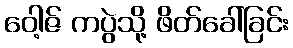
ဝေါ့ဇ် ကပွဲသို့ ဖိတ်ခေါ်ခြင်း